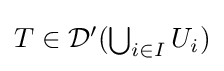
{\textstyle T\in {\mathcal {D}}'(\bigcup _{i\in I}U_{i})}